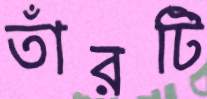
তাঁরটি